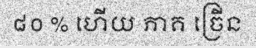
៨០ % ហើយ ភាគ ច្រើន